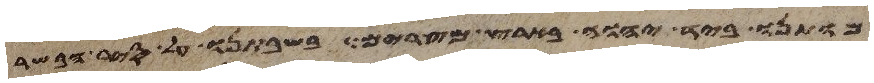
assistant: מותנו ביד יהוה בארץ מצרים בשבתנו על סיר הבשר